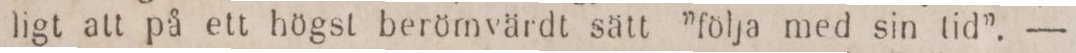
ligt att på ett högst berömvärdt sätt ”följa med sin tid”. —